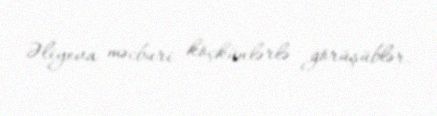
Əliyeva məcburi köçkünlərlə görüşüblər.